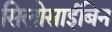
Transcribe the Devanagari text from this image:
सिलोसाईबिन